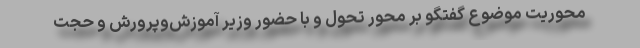
محوریت موضوع گفتگو بر محور تحول و با حضور وزیر آموزش‌وپرورش و حجت